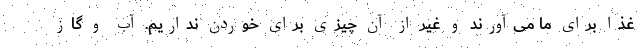
غذا برای ما می‌آورند و غیر از آن چیزی برای خوردن نداریم. آب و گاز